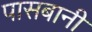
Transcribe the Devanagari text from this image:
पासबानी